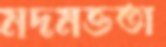
মদমত্ততা